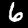
Digit: 6